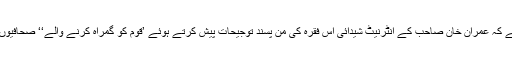
حیران کن بات یہ بھی ہے کہ عمران خان صاحب کے انٹرنیٹ شیدائی اس فقرہ کی من پسند توجیحات پیش کرتے ہوئے ’قوم کو گمراہ کرنے والے‘‘ صحافیوں کو مسلسل لتاڑرہے ہیں۔